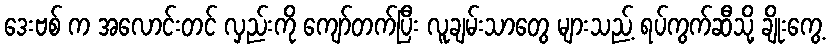
ဒေးဗစ် က အလောင်းတင် လှည်းကို ကျော်တက်ပြီး လူချမ်းသာတွေ များသည့် ရပ်ကွက်ဆီသို့ ချိုးကွေ့